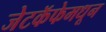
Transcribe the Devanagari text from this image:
जेटकॅफेमधून